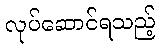
လုပ်ဆောင်ရသည့်